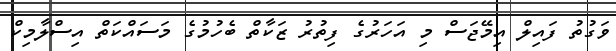
ވަގުތު ފައިލް އިމޭޖަސް މި އަހަރުގެ ފިތުރު ޒަކާތް ބެހުމުގެ މަސައްކަތް އިސްލާމިކް